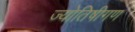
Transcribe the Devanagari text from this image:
ज्योतिषीगण